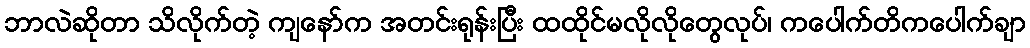
ဘာလဲဆိုတာ သိလိုက်တဲ့ ကျနော်က အတင်းရုန်းပြီး ထထိုင်မလိုလိုတွေလုပ်၊ ကပေါက်တိကပေါက်ချာ